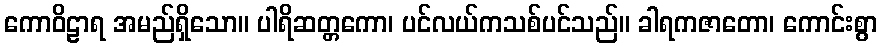
ကောဝိဠာရ အမည်ရှိသော။ ပါရိဆတ္တကော၊ ပင်လယ်ကသစ်ပင်သည်။ ခါရကဇာတော၊ ကောင်းစွာ